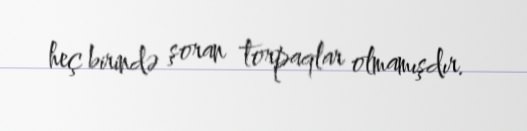
heç birində şoran torpaqlar olmamışdır.